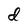
Character: d